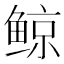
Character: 鲸